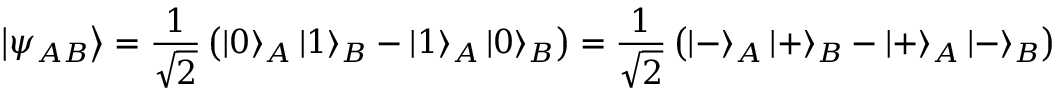
\left| \psi _ { A B } \right\rangle = { \frac { 1 } { \sqrt { 2 } } } \left( \left| 0 \right\rangle _ { A } \left| 1 \right\rangle _ { B } - \left| 1 \right\rangle _ { A } \left| 0 \right\rangle _ { B } \right) = { \frac { 1 } { \sqrt { 2 } } } \left( \left| - \right\rangle _ { A } \left| + \right\rangle _ { B } - \left| + \right\rangle _ { A } \left| - \right\rangle _ { B } \right)